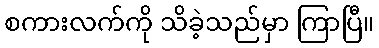
စကားလက်ကို သိခဲ့သည်မှာ ကြာပြီ။